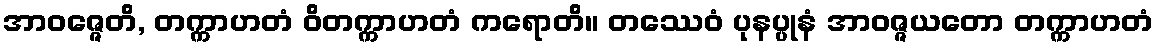
အာဝဇ္ဇေတိ, တက္ကာဟတံ ဝိတက္ကာဟတံ ကရောတိ။ တဿေဝံ ပုနပ္ပုနံ အာဝဇ္ဇယတော တက္ကာဟတံ